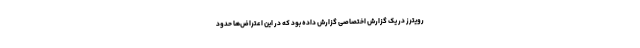
رویترز در یک گزارش اختصاصی گزارش داده بود که در این اعتراض‌ها حدود